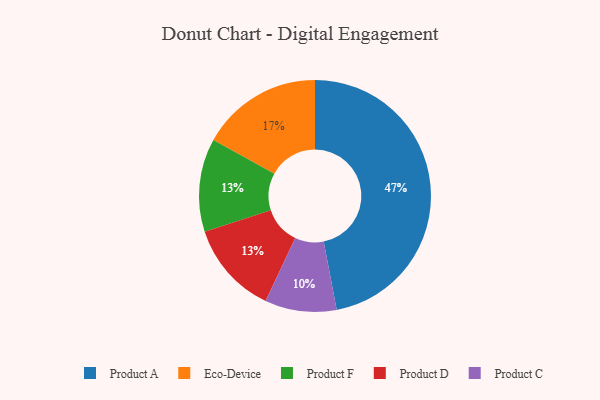
{"axis": {"x": "Category", "y": "Percentage"}, "legend": ["Eco-Device", "Product A", "Product C", "Product D", "Product F"], "data": [{"x": "Product A", "y": 47, "type": "Product A"}, {"x": "Product F", "y": 13, "type": "Product F"}, {"x": "Product C", "y": 10, "type": "Product C"}, {"x": "Eco-Device", "y": 17, "type": "Eco-Device"}, {"x": "Product D", "y": 13, "type": "Product D"}]}